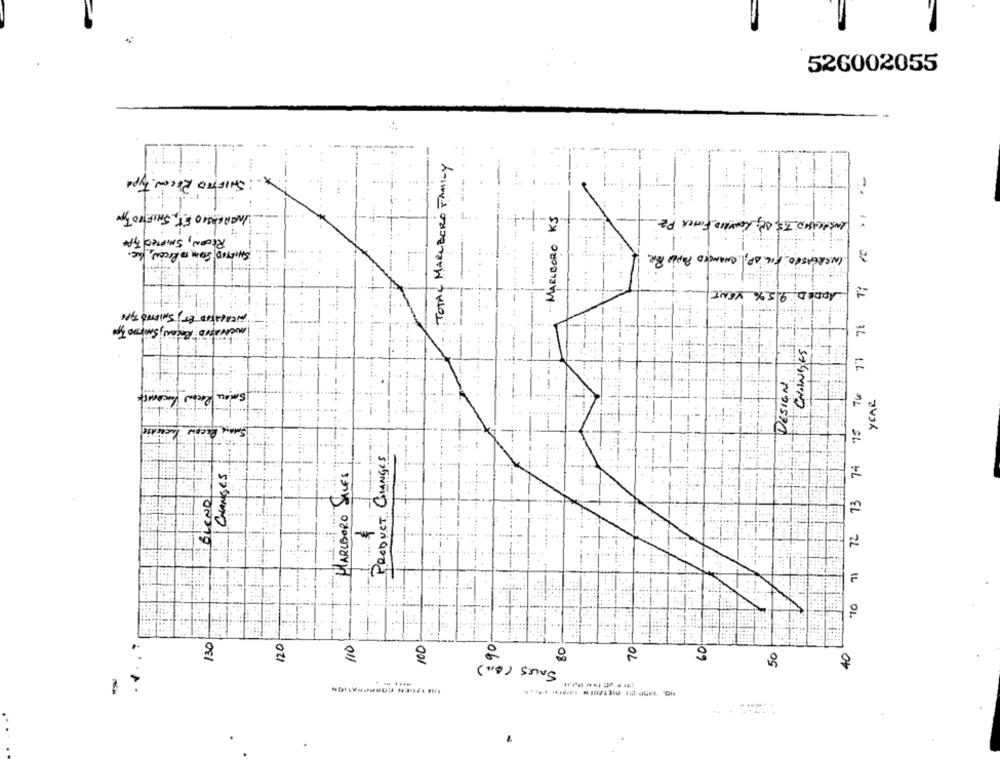
526002055
TOTAL MARLBORO FAMILY
SHIFTED RECON Type
.-
INGRESSIO ET, SHIFTTO TON
MARLBORO KS
INSICAMIO TIS, AL, LOWAND FICK PZ
RECON, SHIFTED TA
SHIFTOD Som TO RICON, the.
77 78 71 /0
INCREASED FIL AP; CHANCEO PAPEL POR
9.5% VENT
ADDED
CHANGES!
DESIGN
70 71 72 73 74 75 76
YEAR
Smane Reco
CHANGES
CHANGES
MARLBORO SALES
BLEND
PRODUCT
-
130
120
110
90
100
80
70
60
50
40
SALES (BL)
-